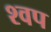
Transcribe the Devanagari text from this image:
श्वप